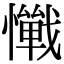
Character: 𢤚